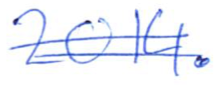
Text: 2014.
Cross-out: double-line
Writing tool: ballpoint